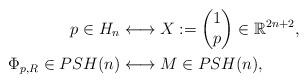
LaTeX: \begin{align*}p\in H_n &\longleftrightarrow X:=\begin{pmatrix}1 \\ p \end{pmatrix} \in\mathbb{R}^{2n+2}, \\\Phi_{p,R}\in PSH(n) &\longleftrightarrow M\in PSH(n),\end{align*}